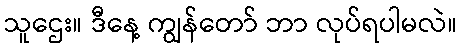
သူဌေး။ ဒီနေ့ ကျွန်တော် ဘာ လုပ်ရပါမလဲ။